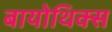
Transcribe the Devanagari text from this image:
बायोथिक्स